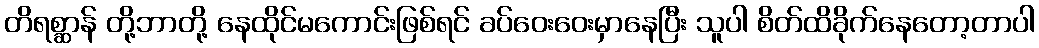
တိရစ္ဆာန် တို့ဘာတို့ နေထိုင်မကောင်းဖြစ်ရင် ခပ်ဝေးဝေးမှာနေပြီး သူပါ စိတ်ထိခိုက်နေတော့တာပါ